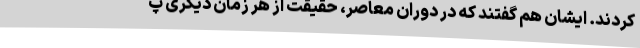
کردند. ایشان هم گفتند که در دوران معاصر، حقیقت از هر زمان دیگری پ